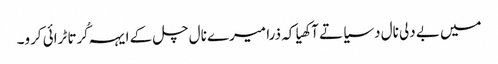
میں بے دلی نال دسیا تے آکھیا کہ ذرا میرے نال چل کے ایہہ کُرتا ٹرائی کرو۔